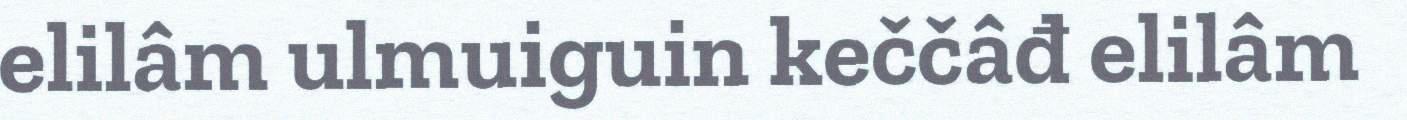
elilâm ulmuiguin keččâđ elilâm